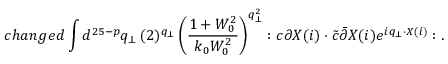
c h a n g e d \int d ^ { 2 5 - p } q _ { \bot } \, ( 2 ) ^ { q _ { \bot } } \left( \frac { 1 + W _ { 0 } ^ { 2 } } { k _ { 0 } W _ { 0 } ^ { 2 } } \right) ^ { q _ { \bot } ^ { 2 } } : c \partial X ( i ) \cdot \tilde { c } \bar { \partial } X ( i ) e ^ { i q _ { \bot } \cdot X ( i ) } : .